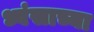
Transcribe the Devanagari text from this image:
ध्वंसाच्या